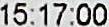
15:17:00